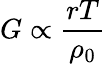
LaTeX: G\propto\frac{rT}{\rho_{0}}